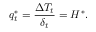
q _ { t } ^ { * } = \frac { \Delta T _ { t } } { \delta _ { t } } = H ^ { * } .